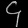
Digit: ၄